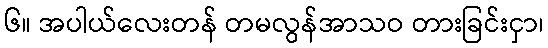
၆။ အပါယ်လေးတန် တမလွန်အာသဝ တားခြင်းငှာ၊